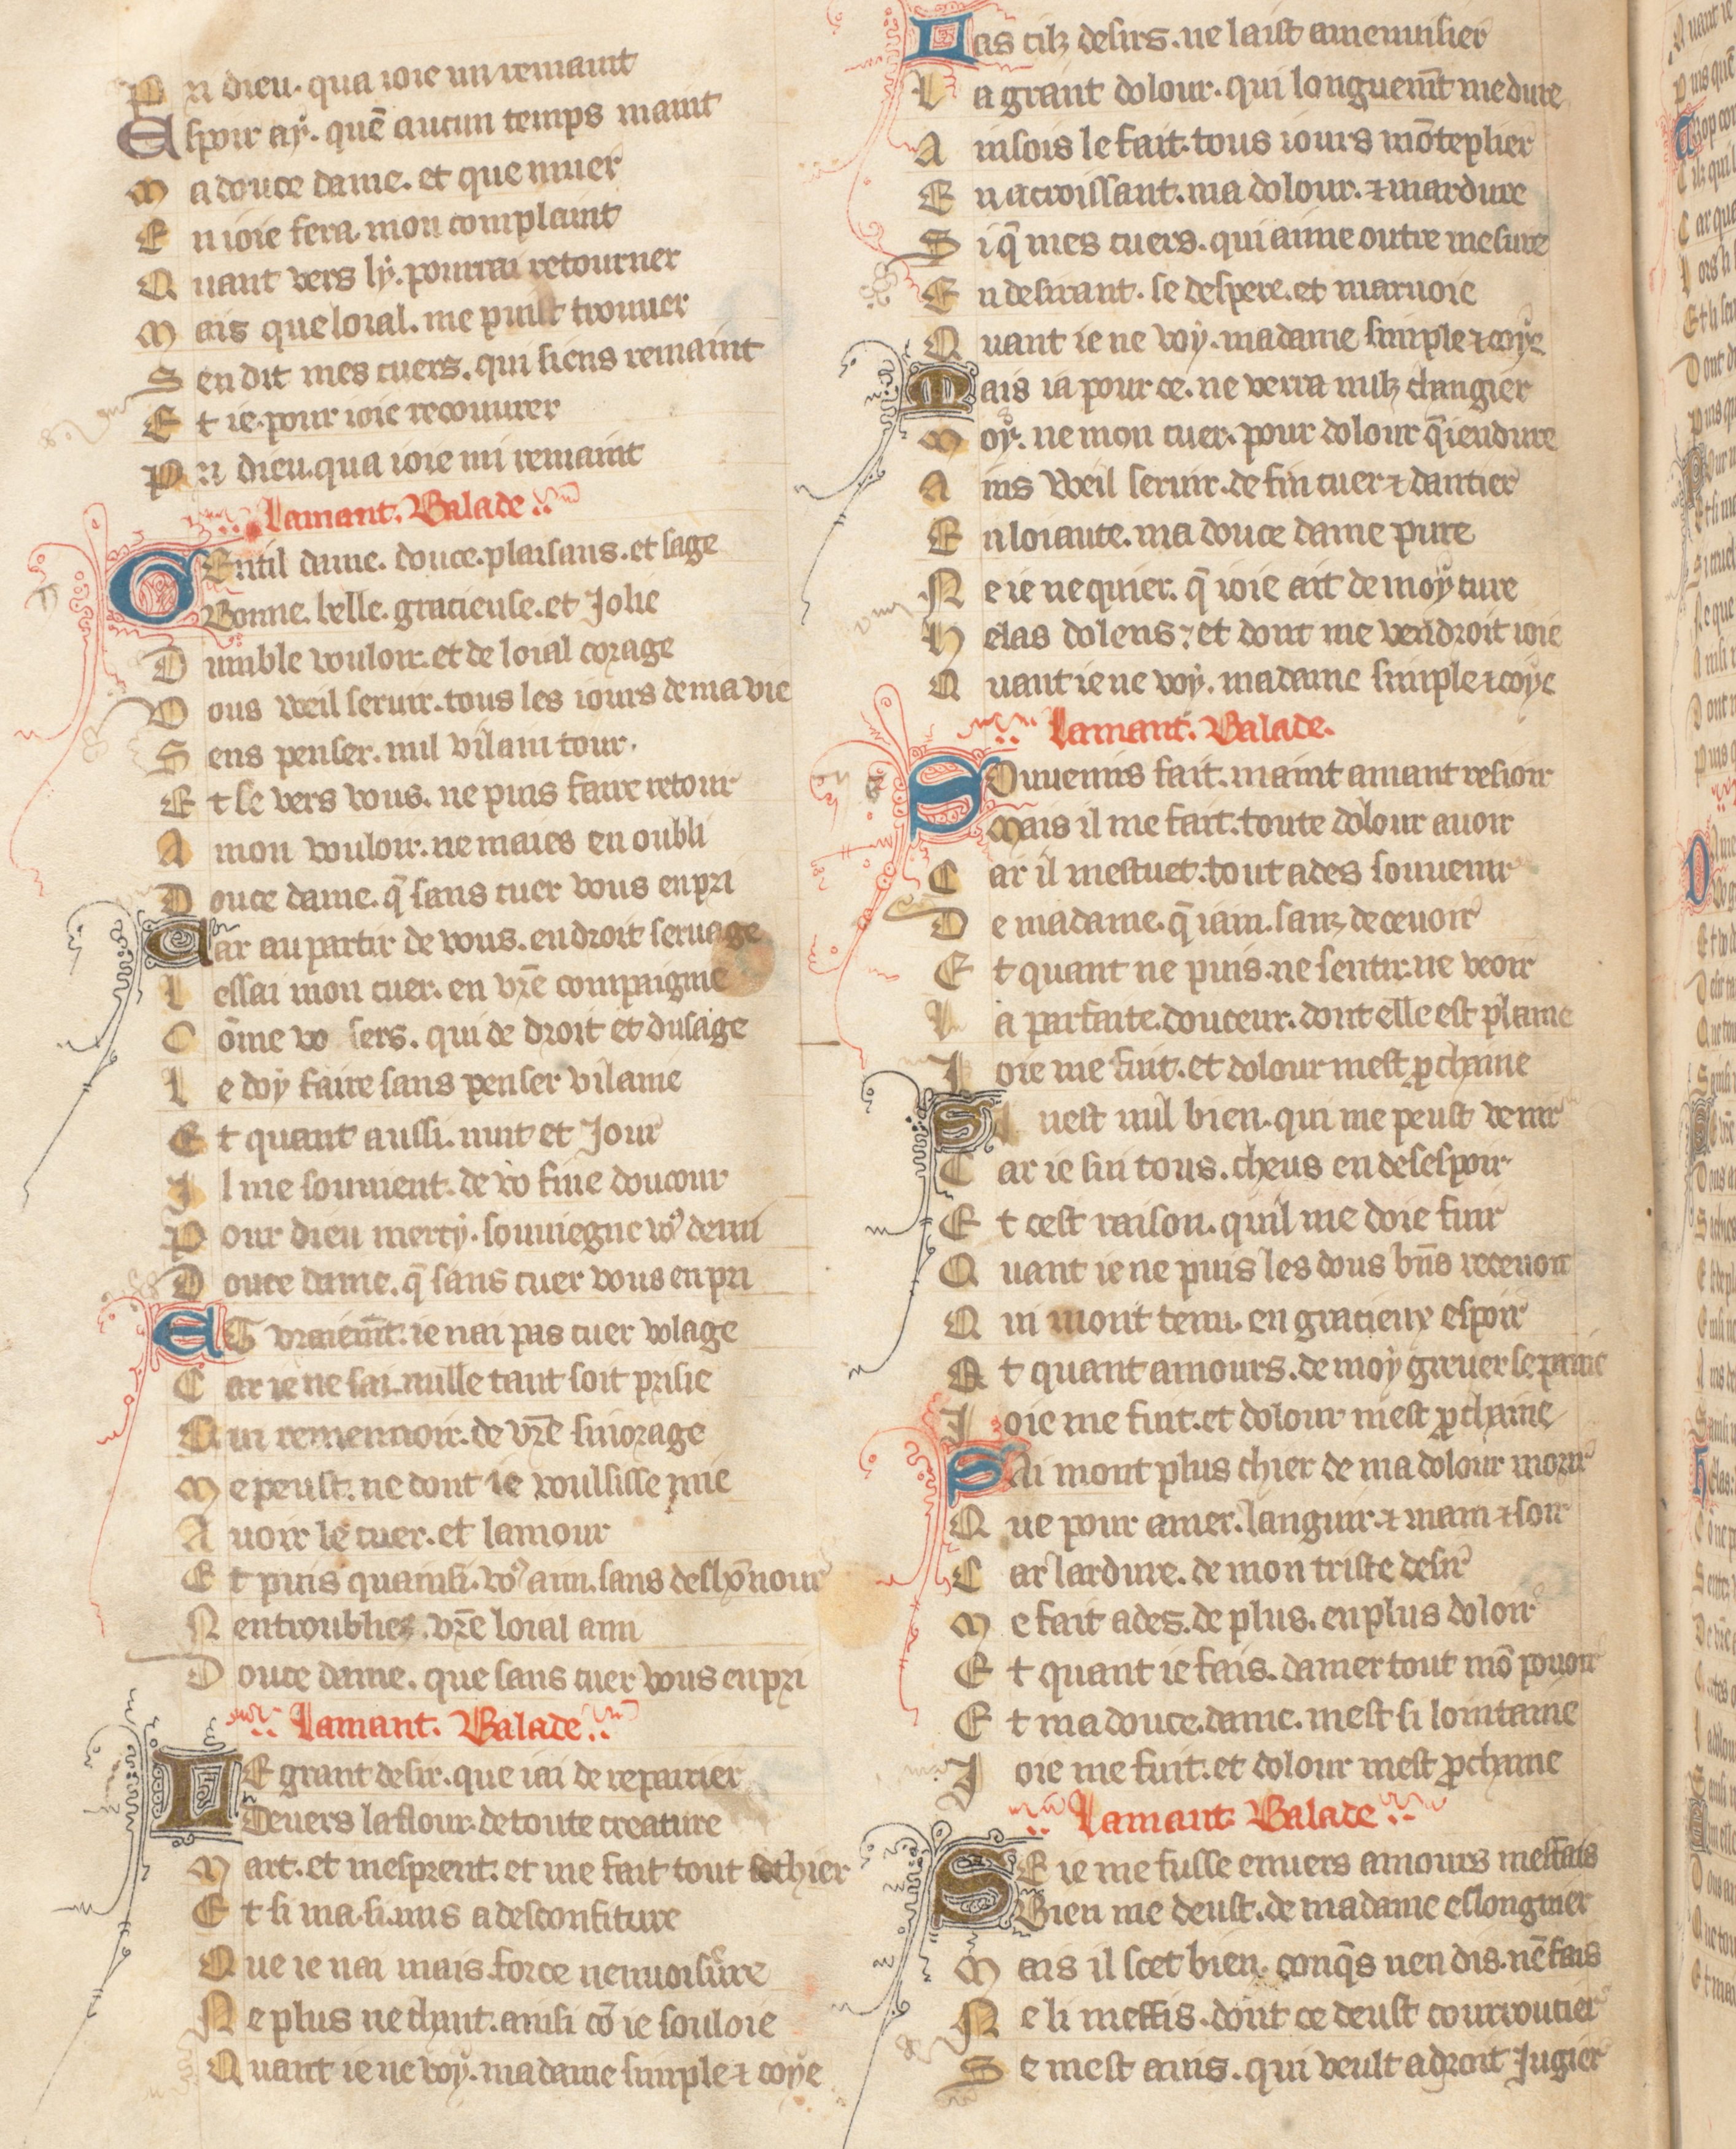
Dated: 1371–1371